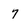
Character: 7